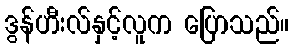
ဒွန်ဟီးလ်နှင့်လူက ပြောသည်။